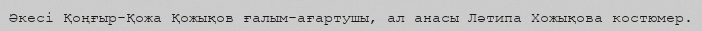
Әкесі Қоңғыр-Қожа Қожықов ғалым-ағартушы, ал анасы Ләтипа Хожықова костюмер.